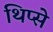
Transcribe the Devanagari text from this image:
थिप्से